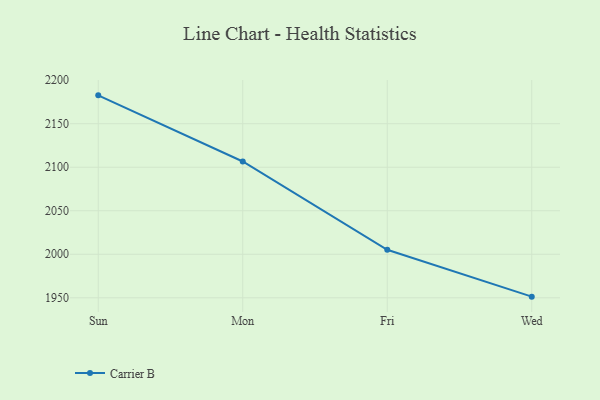
{"axis": {"x": "Day", "y": "Population (Million)"}, "legend": ["Carrier B"], "data": [{"x": "Sun", "y": 2182.6, "type": "Carrier B"}, {"x": "Mon", "y": 2106.6, "type": "Carrier B"}, {"x": "Fri", "y": 2005.2, "type": "Carrier B"}, {"x": "Wed", "y": 1951.3, "type": "Carrier B"}]}